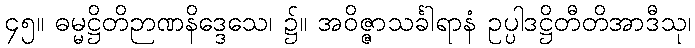
၄၅။ ဓမ္မဋ္ဌိတိဉာဏနိဒ္ဒေသေ၊ ၌။ အဝိဇ္ဇာသင်္ခါရာနံ ဥပ္ပါဒဋ္ဌိတီတိအာဒီသု၊